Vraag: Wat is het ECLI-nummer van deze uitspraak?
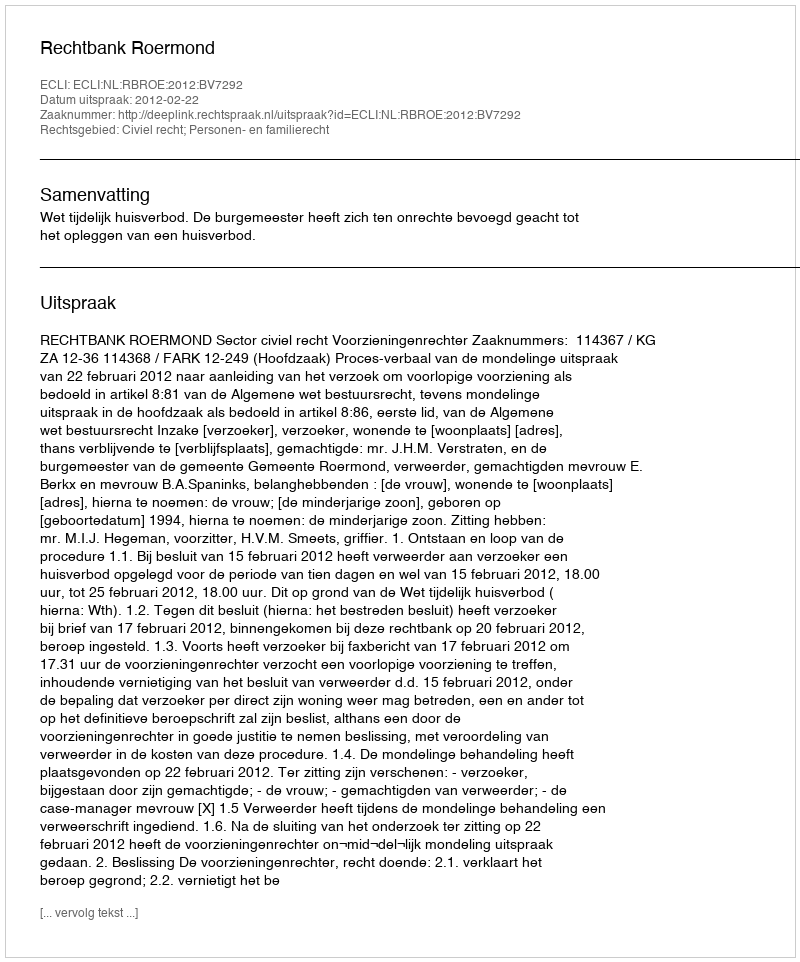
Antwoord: ECLI:NL:RBROE:2012:BV7292